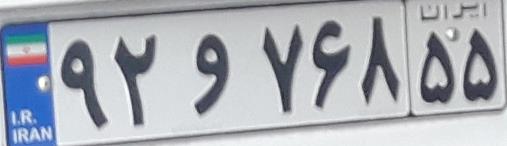
۹۲و۷۶۸۵۵